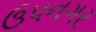
ઉપનગર